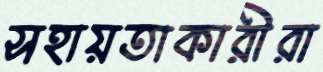
সহায়তাকারীরা